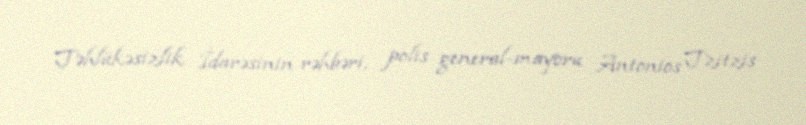
Təhlükəsizlik İdarəsinin rəhbəri, polis general-mayoru Antonios Tzitzis